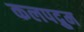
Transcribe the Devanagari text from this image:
कलपद्रुम